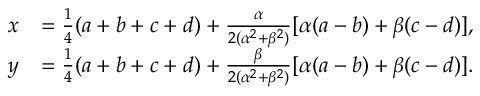
\begin{array} { r l } { x } & { = \textstyle \frac { 1 } { 4 } ( a + b + c + d ) + \frac { \alpha } { 2 ( \alpha ^ { 2 } + \beta ^ { 2 } ) } [ \alpha ( a - b ) + \beta ( c - d ) ] , } \\ { y } & { = \textstyle \frac { 1 } { 4 } ( a + b + c + d ) + \frac { \beta } { 2 ( \alpha ^ { 2 } + \beta ^ { 2 } ) } [ \alpha ( a - b ) + \beta ( c - d ) ] . } \end{array}